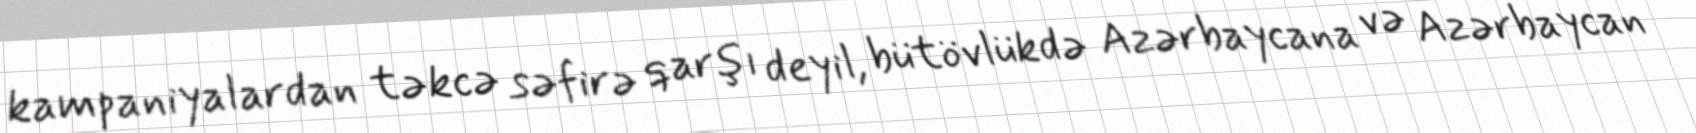
kampaniyalardan təkcə səfirə qarşı deyil, bütövlükdə Azərbaycana və Azərbaycan